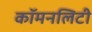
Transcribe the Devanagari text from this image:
कॉमनलिटी